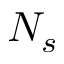
N _ { s }